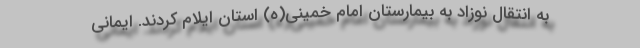
به انتقال نوزاد به بیمارستان امام خمینی(ه) استان ایلام کردند. ایمانی